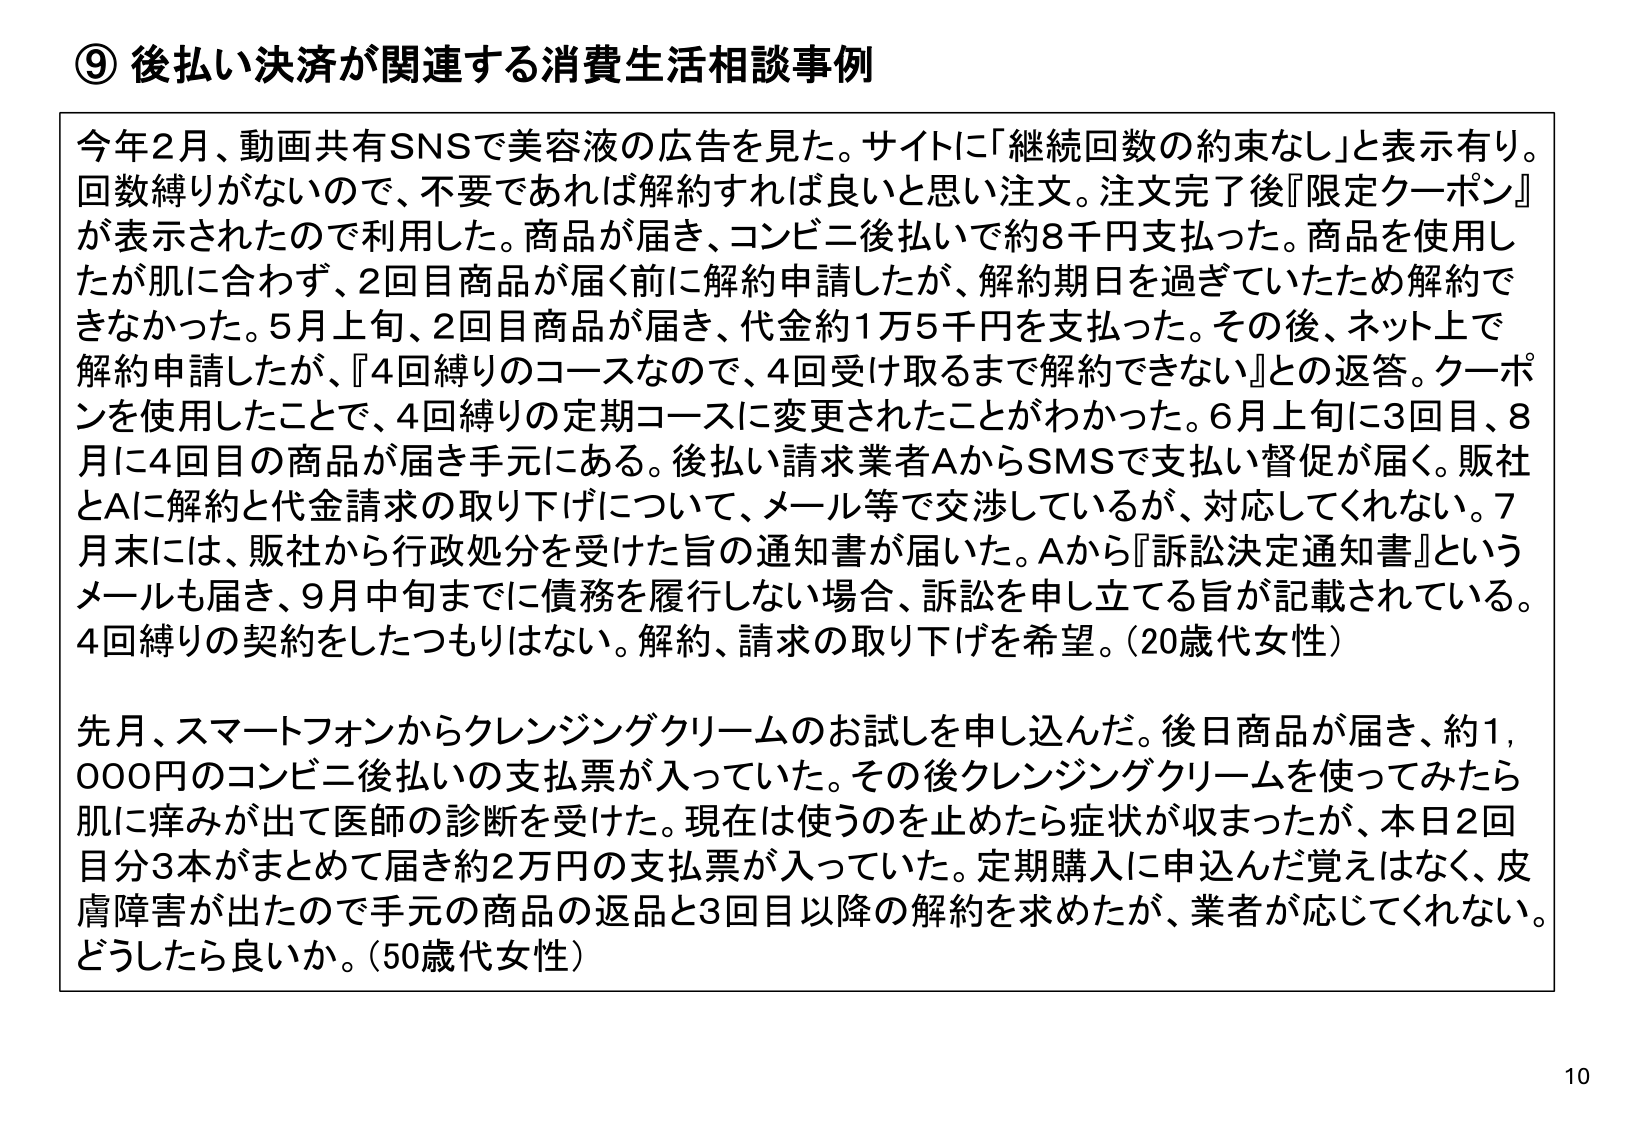
⑨ 後払い決済が関連する消費生活相談事例

今年2月、動画共有SNSで美容液の広告を見た。サイトに「継続回数の約束なし」と表示有り。回数縛りがないので、不要であれば解約すれば良いと思い注文。注文完了後『限定クーポン』が表示されたので利用した。商品が届き、コンビニ後払いであら8千円支払った。商品を使用したが肌に合わず、2回目商品が届く前に解約申請したが、解約期日を過ぎていたため解約できなかった。5月上旬、2回目商品が届き、代金約1万5千円を支払った。その後、ネット上で解約申請したが、『4回縛りのコースなので、4回受け取るまで解約できない』との返答。クーポンを使用したことで、4回縛りの定期コースに変更されたことがわかった。6月上旬に3回目、8月に4回目の商品が届き手元にある。後払い請求業者AからSMSで支払い督促が届く。販社とAに解約と代金請求の取り下げについて、メール等で交渉しているが、対応してくれない。7月末には、販社から行政処分を受けた旨の通知書が届いた。Aから『訴訟決定通知書』というメールも届き、9月中旬までに債務を履行しない場合、訴訟を申し立てる旨が記載されている。4回縛りの契約をしたつもりはない。解約、請求の取り下げを希望。（20歳代女性）

先月、スマートフォンからクレンジングクリームのお試しを申し込んだ。後日商品が届き、約1,000円のコンビニ後払いの支払票が入っていた。その後クレンジングクリームを使ってみたら肌に痒みが出て医師の診断を受けた。現在は使うのを止めたら症状が収まったが、本日2回目分3本がまとめて届き約2万円の支払票が入っていた。定期購入に申込んだ覚えはなく、皮膚障害が出たので手元の商品の返品と3回目以降の解約を求めたが、業者が応じてくれない。どうしたら良いか。（50歳代女性）

10